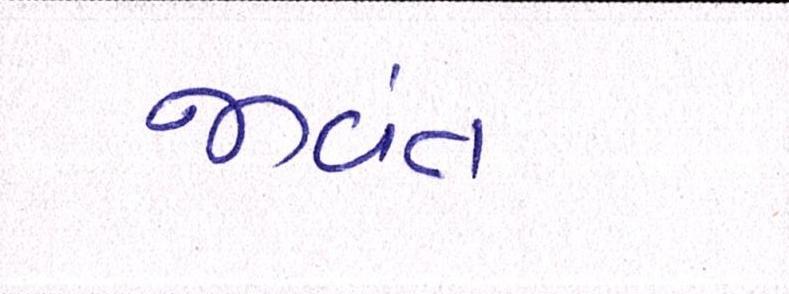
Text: જીવંત